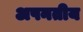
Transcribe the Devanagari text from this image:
अपनतीय